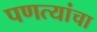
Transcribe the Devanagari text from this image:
पणत्यांचा